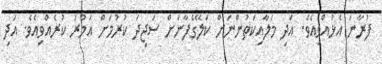
ފުރާނަ އެޅުއްވިއެވެ. އަދި މަލާއިކަތުންނަށް ކަލޭގެފާނަށް ސަޖިދަ ކުރުމަށް އަމުރު ކުރެއްވިއެވެ. އަދި